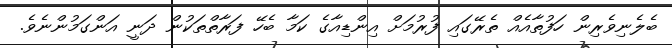
ބެލެނިވެރިން ހަފުތާއެއް ތެރޭގައި ފުރުމަށް އިންޑިއާގެ ކަމާ ބެހޭ ފަރާތްތަކުން ދަނީ އަންގަމުންނެވެ.